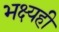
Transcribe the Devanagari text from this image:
भक्ष्यही